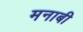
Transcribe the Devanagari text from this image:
मनाबी